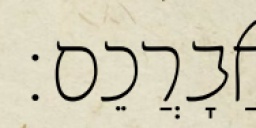
אֲבָרֲכֵם׃